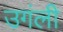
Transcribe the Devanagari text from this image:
उगंली